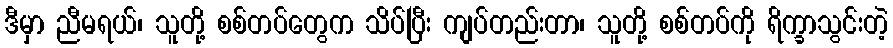
ဒီမှာ ညီမရယ်၊ သူတို့ စစ်တပ်တွေက သိပ်ပြီး ကျပ်တည်းတာ၊ သူတို့ စစ်တပ်ကို ရိက္ခာသွင်းတဲ့